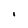
Character: 1